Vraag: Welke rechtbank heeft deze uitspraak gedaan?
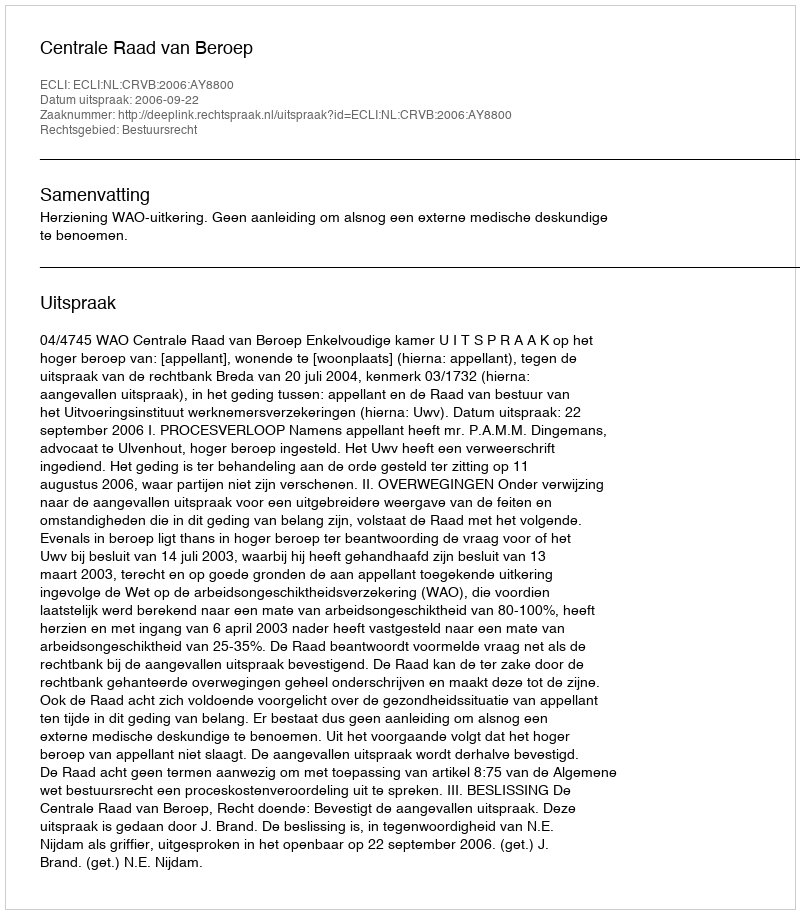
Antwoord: Centrale Raad van Beroep